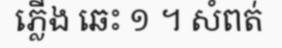
ភ្លើង ឆេះ ១ ។ សំពត់